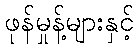
ဖုန်မှုန့်များနှင့်